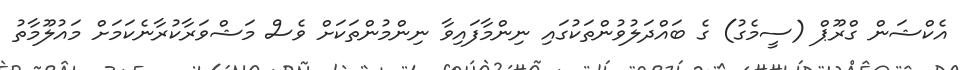
އެކްޝަން ގްރޫޕް (ސީމެގު) ގެ ބައްދަލުވުންތަކުގައި ނިންމާފައިވާ ނިންމުންތަކަށް ވެސް މަޝްވަރާކުރާނެކަމަށް މައުލޫމާތު